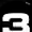
Digit: 3